Lunatic asylums United Prov. 1922-30 - 1922-1930
Year: 1922
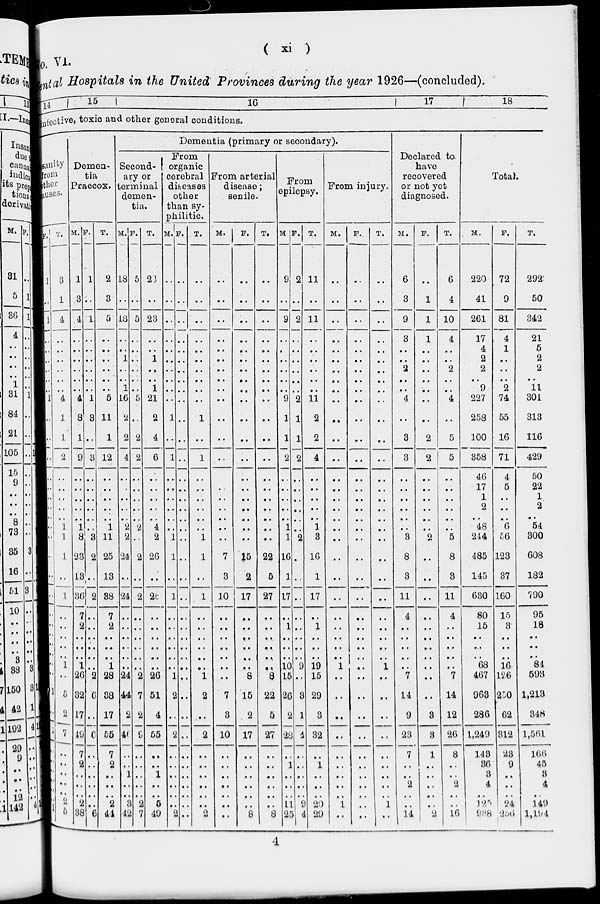
( xi )
o. VI.
Mental Hospitals
in the United Provinces during the year 1926—(concluded).
14
15
16
17
18
Infective, toxic and other general conditions.
Dementia (primary or secondary).
sanity
from
other
auses.
F.
1
..
1
..
..
..
..
..
..
1
..
..
..
..
..
..
..
..
..
..
..
..
..
..
..
..
..
..
..
..
1
..
1
..
..
..
..
..
..
1
T.
3
1
4
..
..
..
..
..
..
4
1
1
2
..
..
..
..
..
1
1
1
..
1
..
..
..
..
..
1
..
5
2
7
..
..
..
..
..
2
5
Demen-
tia
Praecox.
M.
1
3
4
..
..
..
..
..
..
4
8
1
9
..
..
..
..
..
1
8
23
13
36
7
2
..
..
..
1
26
32
17
49
7
2
..
..
..
2
38
F.
1
..
1
..
..
..
..
..
..
1
3
..
3
..
..
..
..
..
..
3
2
..
2
..
..
..
..
..
..
2
6
..
6
..
..
..
..
..
..
6
T.
2
3
5
..
..
..
..
..
..
5
11
1
12
..
..
..
..
..
1
11
25
13
38
7
2
..
..
..
1
28
38
17
55
7
2
..
..
..
2
44
Second-
ary or
terminal
demen-
tia.
M.
18
..
18
..
..
1
..
..
1
16
2
2
4
..
..
..
..
..
2
2
24
..
24
..
..
..
..
..
..
24
44
2
46
..
..
1
..
..
3
42
F.
5
..
5
..
..
..
..
..
..
5
..
2
2
..
..
..
..
..
2
..
2
..
2
..
..
..
..
..
..
2
7
2
9
..
..
..
..
..
2
7
T.
23
..
23
..
..
1
..
..
1
21
2
4
6
..
..
..
..
..
4
2
26
..
26
..
..
..
..
..
..
26
51
4
55
..
..
1
..
..
5
49
From
organic
cerebral
diseases
other
than sy-
philitic.
M.
..
..
..
..
..
..
..
..
..
..
1
..
1
..
..
..
..
..
..
1
1
..
1
..
..
..
..
..
..
1
2
..
2
..
..
..
..
..
..
2
F.
..
..
..
..
..
..
..
..
..
..
..
..
..
..
..
..
..
..
..
..
..
..
..
..
..
..
..
..
..
..
..
..
..
..
..
..
..
..
..
..
T.
..
..
..
..
..
..
..
..
..
..
1
..
1
..
..
..
..
..
..
1
1
..
1
..
..
..
..
..
..
1
2
..
2
..
..
..
..
..
..
2
From arterial
disease ;
senile.
M.
..
..
..
..
..
..
..
..
..
..
..
..
..
..
..
..
..
..
..
..
7
3
10
..
..
..
..
..
..
..
7
3
10
..
..
..
..
..
..
..
F.
..
..
..
..
..
..
..
..
..
..
..
..
..
..
..
..
..
..
..
..
15
2
17
..
..
..
..
..
..
8
15
2
17
..
..
..
..
..
..
8
T.
..
..
..
..
..
..
..
..
..
..
..
..
..
..
..
..
..
..
..
..
22
5
27
..
..
..
..
..
..
8
22
5
27
..
..
..
..
..
..
8
From
epilepsy.
M
9
..
9
..
..
..
..
..
..
9
1
1
2
..
..
..
..
..
1
1
16
1
17
..
1
..
..
..
10
15
26
2
28
..
1
..
..
..
11
25
F.
2
..
2
..
..
..
..
..
..
2
1
1
2
..
..
..
..
..
..
2
..
..
..
..
..
..
..
..
9
..
3
1
4
..
..
..
..
..
9
4
T.
11
..
11
..
..
..
..
..
..
11
2
2
4
..
..
..
..
..
1
3
16
1
17
..
1
..
..
..
19
15
29
3
32
..
1
..
..
..
20
29
From injury.
M.
..
..
..
..
..
..
..
..
..
..
..
..
..
..
..
..
..
..
..
..
..
..
..
..
..
..
..
..
1
..
..
..
..
..
..
..
..
..
1
..
F.
..
..
..
..
..
..
..
..
..
..
..
..
..
..
..
..
..
..
..
..
..
..
..
..
..
..
..
..
..
..
..
..
..
..
..
..
..
..
..
..
T.
..
..
..
..
..
..
..
..
..
..
..
..
..
..
..
..
..
..
..
..
..
..
..
..
..
..
..
..
1
..
..
..
..
..
..
..
..
..
1
..
Declared to
have
recovered
or not yet
diagnosed.
M.
6
3
9
3
..
..
2
..
..
4
..
3
3
..
..
..
..
..
..
3
8
3
11
4
..
..
..
..
..
7
14
9
23
7
..
..
2
..
..
14
F.
..
1
1
1
..
..
..
..
..
..
..
2
2
..
..
..
..
..
..
2
..
..
..
..
..
..
..
..
..
..
..
3
3
1
..
..
..
..
..
2
T.
6
4
10
4
..
..
2
..
..
4
..
5
5
..
..
..
..
..
..
5
8
3
11
4
..
..
..
..
..
7
14
12
26
8
..
..
2
..
..
16
Total.
M.
220
41
261
17
4
2
2
..
9
227
258
100
358
46
17
1
2
..
48
244
485
145
630
80
15
..
..
..
68
467
963
286
1,249
143
36
3
4
..
125
938
F.
72
9
81
4
1
..
..
..
2
74
55
16
71
4
5
..
..
..
6
56
123
37
160
15
3
..
..
..
16
126
250
62
312
23
9
..
..
..
24
256
T.
292
50
342
21
5
2
2
..
11
301
313
116
429
50
22
1
2
..
54
300
608
182
790
95
18
..
..
..
84
593
1,213
348
1,561
166
45
3
4
..
149
1,194
4